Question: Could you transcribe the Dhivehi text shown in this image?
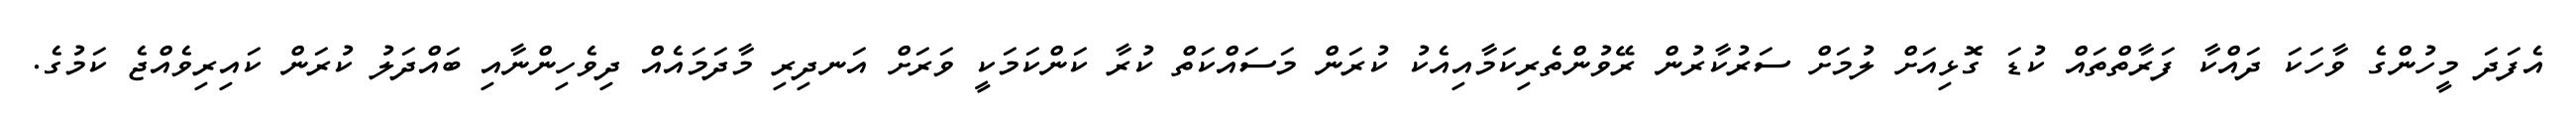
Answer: އެފަދަ މީހުންގެ ވާހަކަ ދައްކާ ފަރާތްތައް ކުޑަ ގޮޅިއަށް ލުމަށް ސަރުކާރުން ރޭވުންތެރިކަމާއިއެކު ކުރަން މަސައްކަތް ކުރާ ކަންކަމަކީ ވަރަށް އަނދިރި މާދަމައެއް ދިވެހިންނާއި ބައްދަލު ކުރަން ކައިރިވެއްޖެ ކަމުގެ.